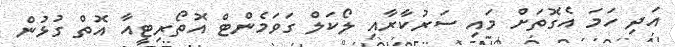
އަދި ހަމަ އެގޮތަށް މައި ސަރުކާރާއި ލޯކަލް ގަވަމެންޓް އޮތޯރިޓީއާ އޮތް ގުޅުން